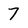
Character: 7